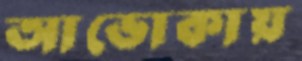
আভোকায়